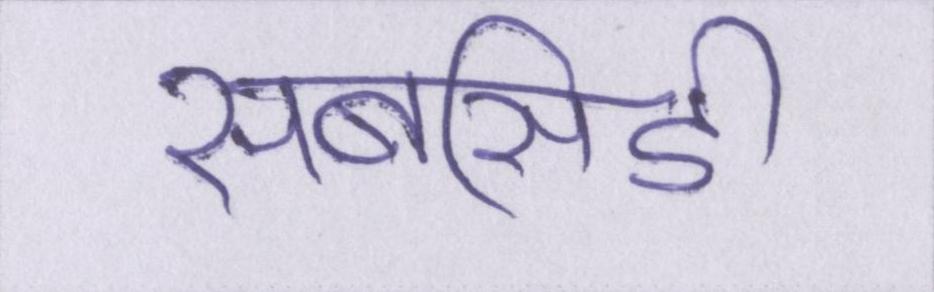
सबसिडी